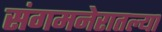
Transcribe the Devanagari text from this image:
संगमनेरातल्या